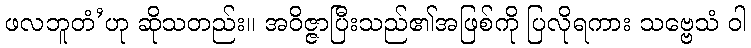
ဖလဘူတံ’ဟု ဆိုသတည်း။ အဝိဇ္ဇာပြီးသည်၏အဖြစ်ကို ပြလိုရကား သဗ္ဗေသံ ဝါ